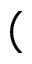
(